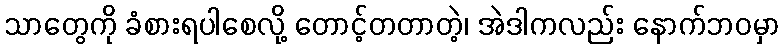
သာတွေကို ခံစားရပါစေလို့ တောင့်တတာတဲ့၊ အဲဒါကလည်း နောက်ဘဝမှာ